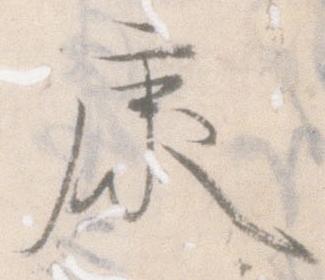
康